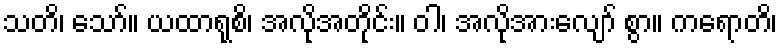
သတိ၊ သော်။ ယထာရုစိ၊ အလိုအတိုင်း။ ဝါ၊ အလိုအားလျော် စွာ။ ကရောတိ၊